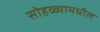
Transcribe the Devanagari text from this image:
सोहळ्यामधील